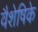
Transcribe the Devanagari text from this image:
वैशेषिके